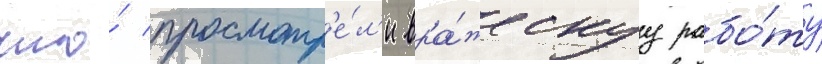
что́ просмотр'е́л'и вра́жескуу рабо́ту